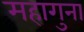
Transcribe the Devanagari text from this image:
महागुना